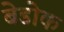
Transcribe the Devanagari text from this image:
बेडोक